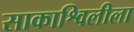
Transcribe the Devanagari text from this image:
साकाश्विलीला